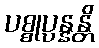
ပစ္စုပ္ပန္နန္တိ